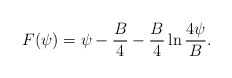
\begin{align*}F(\psi)= \psi -{B \over 4} - {B \over 4} \ln {4\psi \over B} .\end{align*}